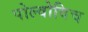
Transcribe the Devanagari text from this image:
पोल्वोविच